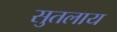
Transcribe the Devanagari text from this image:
सुतलाय